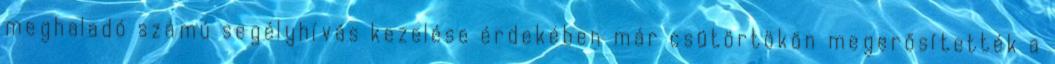
meghaladó számú segélyhívás kezelése érdekében már csütörtökön megerősítették a